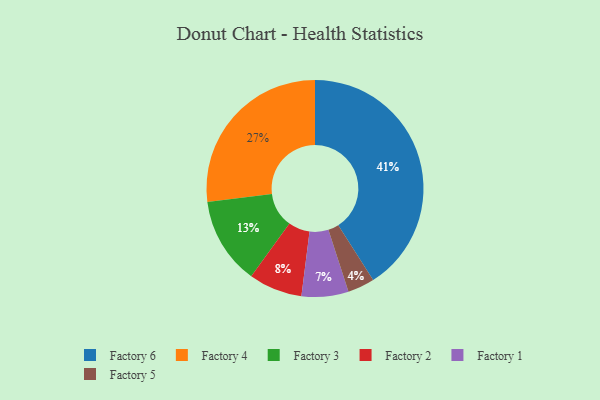
{"axis": {"x": "Category", "y": "Percentage"}, "legend": ["Factory 1", "Factory 2", "Factory 3", "Factory 4", "Factory 5", "Factory 6"], "data": [{"x": "Factory 2", "y": 8, "type": "Factory 2"}, {"x": "Factory 6", "y": 41, "type": "Factory 6"}, {"x": "Factory 4", "y": 27, "type": "Factory 4"}, {"x": "Factory 1", "y": 7, "type": "Factory 1"}, {"x": "Factory 3", "y": 13, "type": "Factory 3"}, {"x": "Factory 5", "y": 4, "type": "Factory 5"}]}